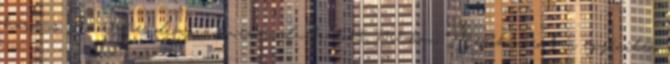
hármas. Az 1964-es olimpián nem indulhatott, 1968-ban Mexikóvárosban egyéniben